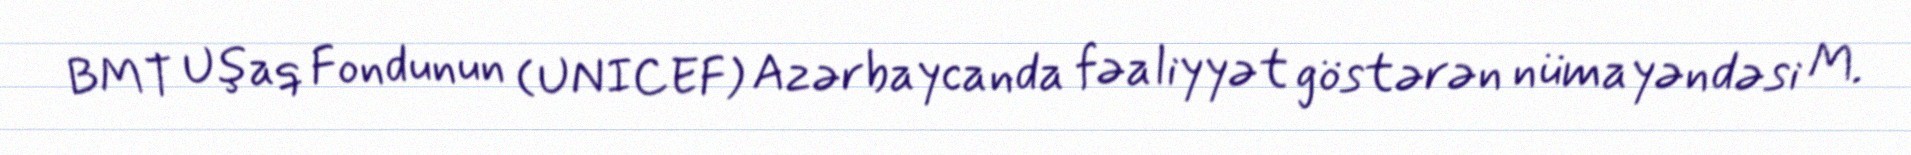
BMT Uşaq Fondunun (UNICEF) Azərbaycanda fəaliyyət göstərən nümayəndəsi M.